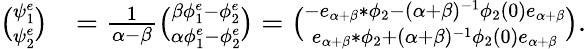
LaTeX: \begin{array}{rl}{\binom{\psi_{1}^{e}}{\psi_{2}^{e}}}&{=\frac 1{\alpha-\beta}\binom{\beta\phi_{1}^{e}-\phi_{2}^{e}}{\alpha\phi_{1}^{e}-\phi_{2}^{e}}=\binom{-e_{\alpha+\beta}*\phi_{2}-(\alpha+\beta)^{-1}\phi_{2}(0)e_{\alpha+\beta}}{e_{\alpha+\beta}*\phi_{2}+(\alpha+\beta)^{-1}\phi_{2}(0)e_{\alpha+\beta}}.}\end{array}